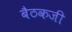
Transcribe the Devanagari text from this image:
बैठकजी